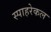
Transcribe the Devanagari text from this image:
स्पाहरेकल